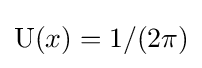
\mathrm {U} (x)=1/(2\pi )